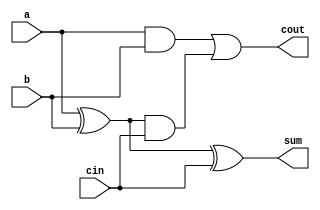
	/*************** 1-BIT ADDER **************
	* inputs: 2 1-bit operands 'a' and 'b'
	* 	  1 bit carry in
	* outputs: 1 bit sum, 1 bit carry out
	*******************************************/

	module adder1b(
		output sum,
		output cout,
		input a,b,
		input cin);
	wire c,d,e;

	assign c=a^b;
	assign d=a&b;
	assign sum=c^cin;
	assign e=c&cin;
	assign cout=d|e;
	endmodule
	
	/****************** 4-BIT ADDER ****************
	* inputs: 2 4-bit operand vectors ('a' and 'b')
	* 	  1 bit carry in (cin)
	* outputs: a 4-bit output vector(sum)
	* 	   1 bit carry out(cout)
	*************************************************/

	module adder4b(
		output[3:0] sum,
		output cout,
		input[3:0] a,b,
		input cin);
	wire c0,c1,c2;	

       	adder1b ad0(sum[0],c0,a[0],b[0],cin);
	adder1b ad1(sum[1],c1,a[1],b[1],c0);
	adder1b ad2(sum[2],c2,a[2],b[2],c1);
	adder1b ad3(sum[3],cout,a[3],b[3],c2);
	endmodule

	/**************** 8-BIT ADDER ***************
	* inputs: 2 8-bit operand vectors('a','b')
	* 	  1 bit carryin(cin)
	* outputs: A 8-bit vector('sum')
	* 	   1 bit carry out('cout')
	********************************************/
	
       module adder8b(
		output[7:0] sum,
		output cout,
		input[7:0] a,b,
		input cin);
	wire c0;

	adder4b ad0(sum[3:0],c0,a[3:0],b[3:0],cin);
	adder4b ad1(sum[7:4],cout,a[7:4],b[7:4],c0);
	endmodule